Report of the Hyderabad Chloroform Commission
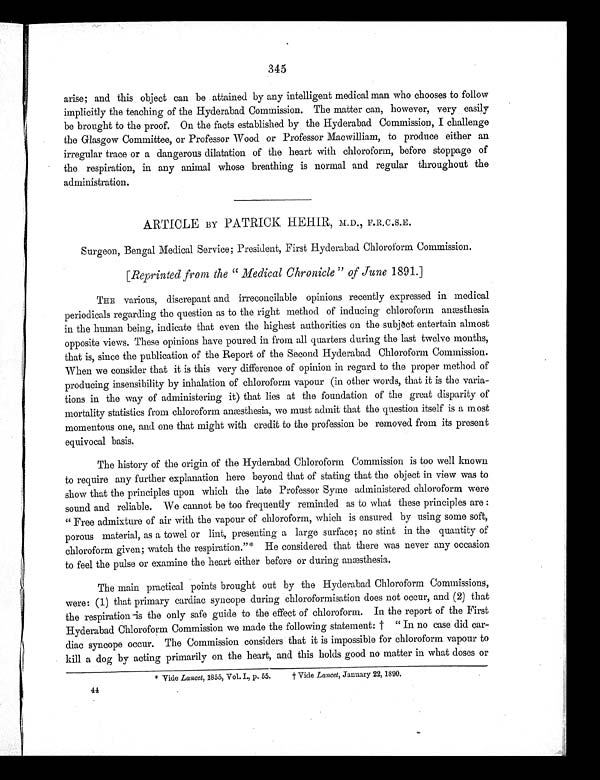
345
arise; and this object can be attained by any intelligent medical man who chooses to follow
implicitly the teaching of the Hyderabad Commission. The matter can, however, very easily
be brought to the proof. On the facts established by the Hyderabad Commission, I challenge
the Glasgow Committee, or Professor Wood or Professor Macwilliam, to produce either an
irregular trace or a dangerous dilatation of the heart with chloroform, before stoppage of
the respiration, in any animal whose breathing is normal and regular throughout the
administration.
ARTICLE BY PATRICK HEHIR, M.D., F.R.C.S.E.
Surgeon, Bengal Medical Service; President, First Hyderabad Chloroform Commission
.
[Reprinted from the "Medical Chronicle" of June 1891.]
THE various, discrepant and irreconcilable opinions recently expressed in medical
periodicals regarding the question as to the right method of inducing chloroform anæsthesia
in the human being, indicate that even the highest authorities on the subject entertain almost
opposite views. These opinions have poured in from all quarters during the last twelve months,
that is, since the publication of the Report of the Second Hyderabad Chloroform Commission.
When we consider that it is this very difference of opinion in regard to the proper method of
producing insensibility by inhalation of chloroform vapour (in other words, that it is the varia-
tions in the way of administering it) that lies at the foundation of the great disparity of
mortality statistics from chloroform anæsthesia, we must admit that the question itself is a most
momentous one, and one that might with credit to the profession be removed from its present
equivocal basis.
The history of the origin of the Hyderabad Chloroform Commission is too well known
to require any further explanation here beyond that of stating that the object in view was to
show that the principles upon which the late Professor Syme administered chloroform were
sound and reliable. We cannot be too frequently reminded as to what these principles are:
"Free admixture of air with the vapour of chloroform, which is ensured by using some soft,
porous material, as a towel or lint, presenting a large surface; no stint in the quantity of
chloroform given; watch the respiration."* He considered that there was never any occasion
to feel the pulse or examine the heart either before or during anæsthesia.
The main practical points brought out by the Hyderabad Chloroform Commissions,
were: (1) that primary cardiac syncope during chloroformisation does not occur, and (2) that
the respiration is the only safe guide to the effect of chloroform. In the report of the First
Hyderabad Chloroform Commission we made the following statement:† "In no case did car
- d i a c s y n c o p e o c c u r . T h e C o m m i s s i o n c o n s i d e r s t h a t i t i s i m p o s s i b l e f o r c h l o r o f o r m v a p o u r t o
kill a dog by acting primarily on the heart, and this holds good no matter in what doses or
* Vide Lancet, 1855, Vol.I., p. 55. † Vide Lancet, January 22, 1890.
44